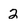
Character: 2